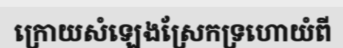
ក្រោយសំឡេងស្រែកទ្រហោយំពី